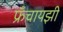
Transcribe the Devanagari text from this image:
फ्रँचायझी